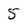
Character: 5